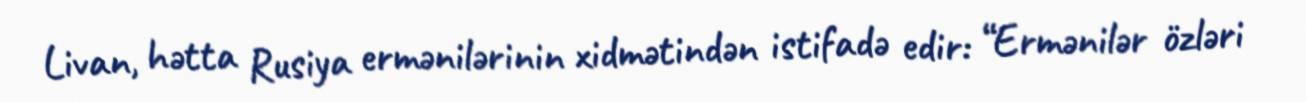
Livan, hətta Rusiya ermənilərinin xidmətindən istifadə edir: “Ermənilər özləri